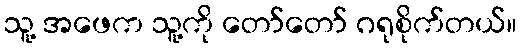
သူ့ အဖေက သူ့ကို တော်တော် ဂရုစိုက်တယ်။